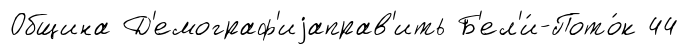
Община Д'емограф'иjаправ'ить Б'ел'и́-Пото́к 44